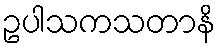
ဥပါသကသတာနိ